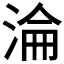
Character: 淪